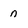
Character: n